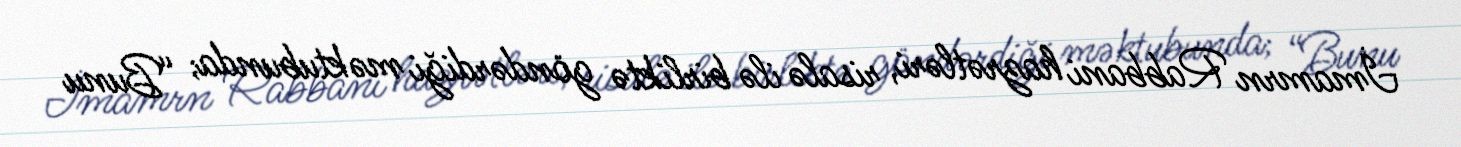
İmamrn Rabbani hazrətləri, risalə ilə birliktə göndərdiği məktubunda; “Bunu